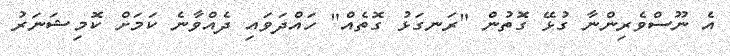
އެ ނޫސްވެރިންނާ ގުޅޭ ގޮތުން "ރަނގަޅު ގޮތެއް" ހައްދަވައި ދެއްވާނެ ކަމަށް ކޮމިޝަނަރު